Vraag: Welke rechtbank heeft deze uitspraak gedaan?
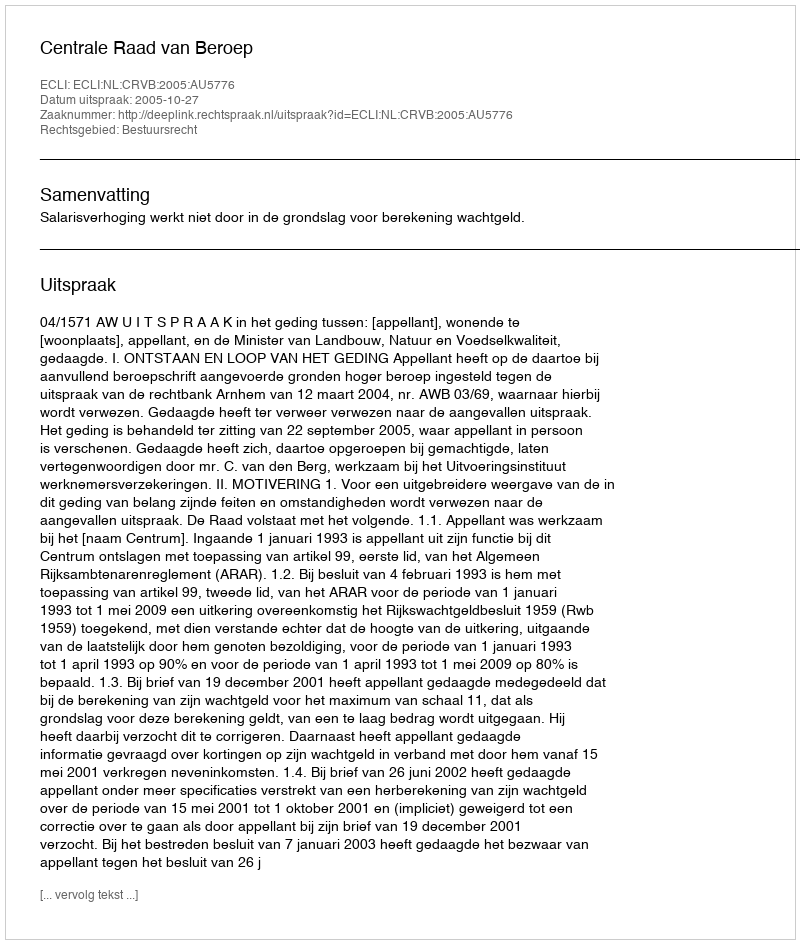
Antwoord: Centrale Raad van Beroep